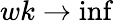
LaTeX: wk\rightarrow\operatorname*{inf}